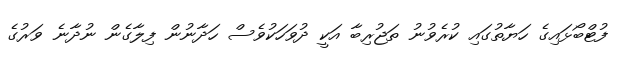
ފުޓްބޯޅައިގެ ހަޔާތުގައި ކުރެވުނު ތަޖުރިބާ އަކީ ދުވަހަކުވެސް ހަދާނުން ފިލާގެން ނުދާނެ ވަރުގެ